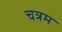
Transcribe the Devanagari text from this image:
चत्रम